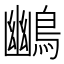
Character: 𪃨